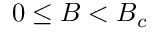
0 \le B < B _ { c }